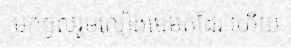
មកចូលរួមលៀងមេមត់ដែរ ហើយ